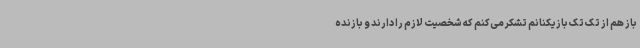
باز هم از تک تک بازیکنانم تشکر می‌کنم که شخصیت لازم را دارند و بازنده